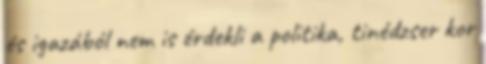
és igazából nem is érdekli a politika, tinédzser kor